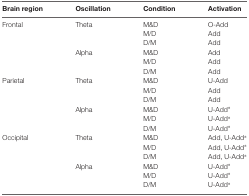
| Brain region | Oscillation | Condition | Activation |
 | --- | --- | --- | --- |
 | Frontal | Theta | M&D | O-Add |
 |  |  | M/D | Add |
 |  |  | D/M | Add |
 |  | Alpha | M&D | Add |
 |  |  | M/D | Add |
 |  |  | D/M | Add |
 | Parietal | Theta | M&D | U-Add |
 |  |  | M/D | Add |
 |  |  | D/M | Add |
 |  | Alpha | M&D | U-Add* |
 |  |  | M/D | U-Add* |
 |  |  | D/M | U-Add* |
 | Occipital | Theta | M&D | Add, U-Add* |
 |  |  | M/D | Add, U-Add* |
 |  |  | D/M | Add, U-Add* |
 |  | Alpha | M&D | U-Add* |
 |  |  | M/D | U-Add* |
 |  |  | D/M | U-Add* |